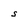
Character: S